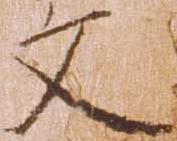
文